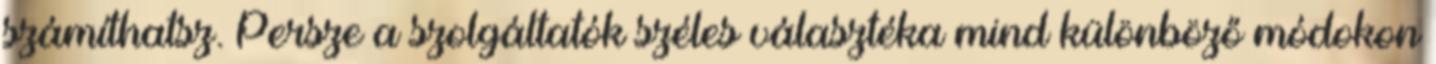
számíthatsz. Persze a szolgáltatók széles választéka mind különböző módokon